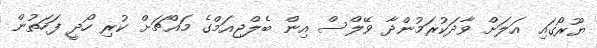
ޔޫރޯގައި އަލަށް ވާދަކުރަމުންދާ ވޭލްސް އިން ބެލްޖިއަމްގެ މައްޗަށް ކުރި ހޯދީ ފަހަތުން